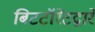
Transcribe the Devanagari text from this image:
बिटटॉरेंटद्वारे